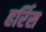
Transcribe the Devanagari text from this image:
हर्रिस